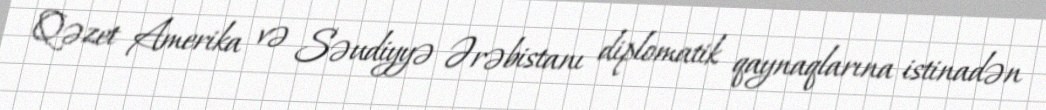
Qəzet Amerika və Səudiyyə Ərəbistanı diplomatik qaynaqlarına istinadən